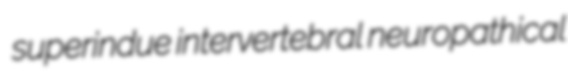
superindue intervertebral neuropathical